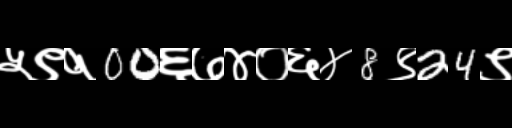
Text: ५९१00६७४०६४8९24९